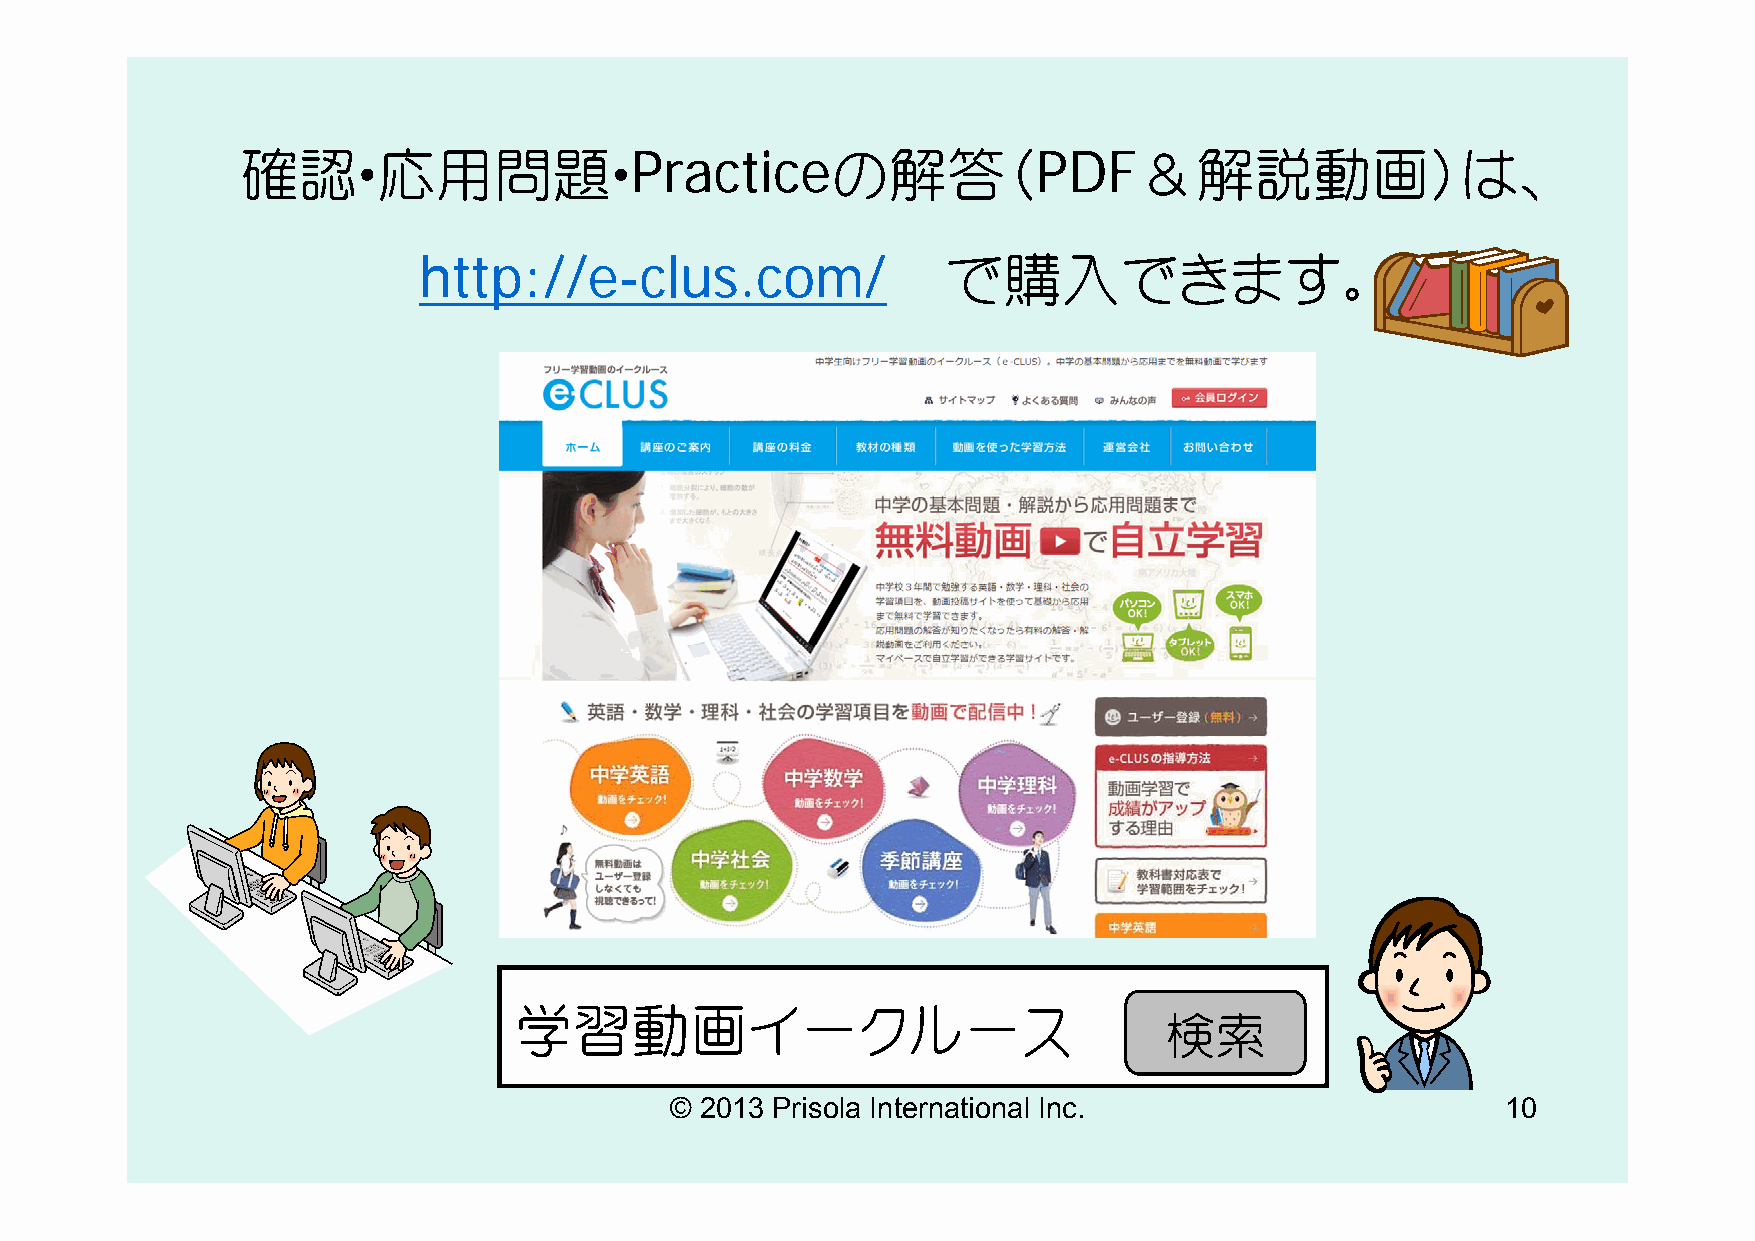
確認・応用問題・Practiceの解答（PDF＆解説動画）は、
 http://e-clus.com/                 で購入できます。
 学習動画イークルース
 検索
 © 2013 Prisola International Inc.                       10